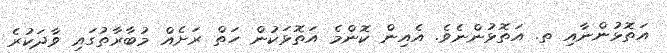
އަތޮޅުންނާއި ތ. އަތޮޅުންނެވެ. އެއިން ކޮންމެ އަތޮޅަކުން ހަތް ރަށެއް މުބާރާތުގައި ވާދަކުރެ